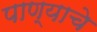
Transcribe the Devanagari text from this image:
पाण्‍याचे